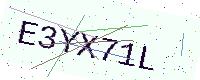
Text: E3YX71L